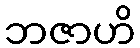
ဘဇာဟိ